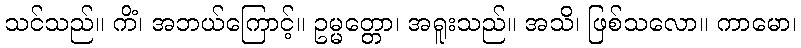
သင်သည်။ ကိံ၊ အဘယ်ကြောင့်။ ဥမ္မတ္တော၊ အရူးသည်။ အသိ၊ ဖြစ်သလော။ ကာမော၊